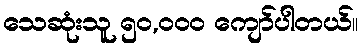
သေဆုံးသူ ၅၀,၀၀၀ ကျော်ပါတယ်။